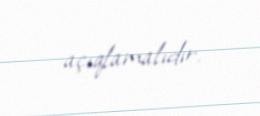
açıqlamalıdır.